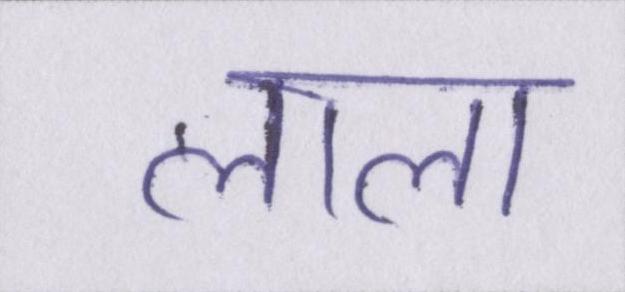
लाला